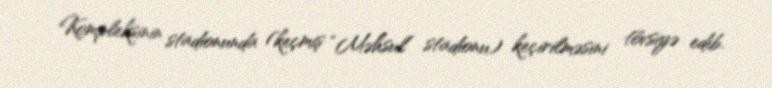
Kompleksinin stadionunda (keçmiş “Məhsul” stadionu) keçirilməsini tövsiyə edib.